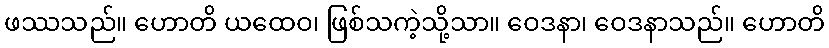
ဖဿသည်။ ဟောတိ ယထေဝ၊ ဖြစ်သကဲ့သို့သာ။ ဝေဒနာ၊ ဝေဒနာသည်။ ဟောတိ